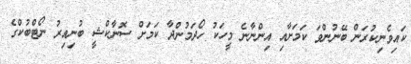
ކައިވެނިކުރަން ބޭނުންވަ ކަމަށާއި އިންނާނެ މީހަކު ހޯދަމުންދާ ކަމަށް ސޮނާކްޝީ ބުނިއިރު ނޯޓްބުކްގެ